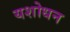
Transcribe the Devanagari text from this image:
यशोधन